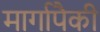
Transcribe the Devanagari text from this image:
मार्गापैकी